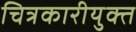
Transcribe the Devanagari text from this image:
चित्रकारीयुक्त